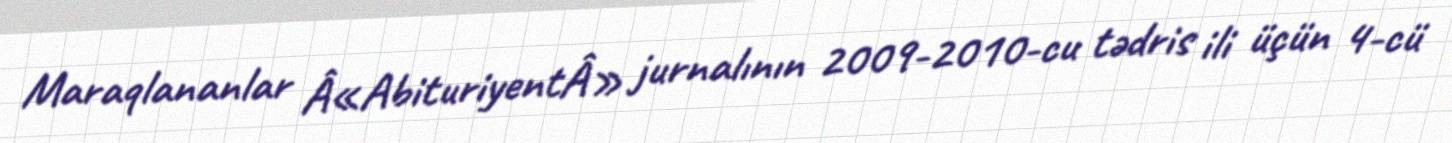
Maraqlananlar Â«AbituriyentÂ» jurnalının 2009-2010-cu tədris ili üçün 4-cü